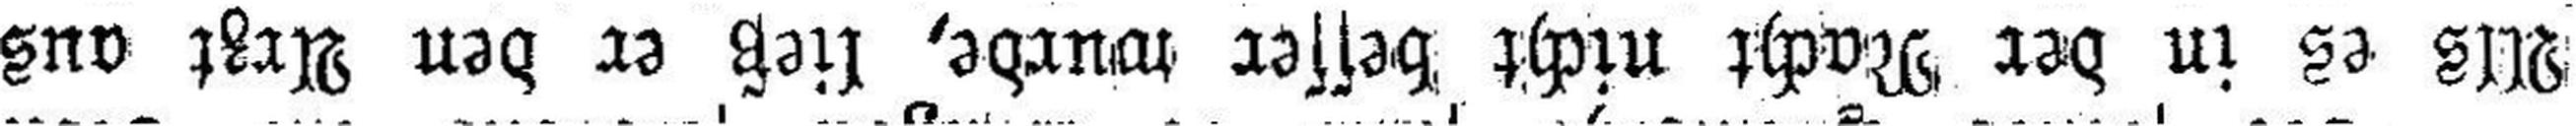
Als es in der Nacht nicht besser wurde, ließ er den Arzt aus